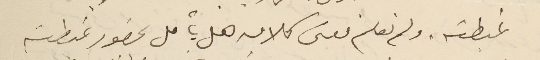
غبطته. ولم نعلم معنى كلامه هل يأمل بحضور غبطته